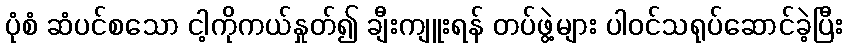
ပုံစံ ဆံပင်စသော ငါ့ကိုကယ်နှုတ်၍ ချီးကျူးရန် တပ်ဖွဲ့များ ပါဝင်သရုပ်ဆောင်ခဲ့ပြီး